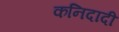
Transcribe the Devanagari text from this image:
कनिदादी